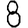
Digit: 8